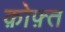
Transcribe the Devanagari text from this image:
क़ोफ़्त